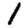
Digit: 1